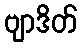
ဗျာဒိတ်